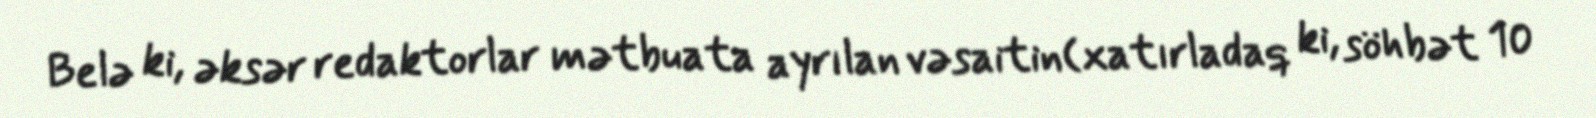
Belə ki, əksər redaktorlar mətbuata ayrılan vəsaitin(xatırladaq ki, söhbət 10